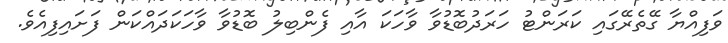
ވަފިއްޔާ ގޭތެރޭގައި ކަރަންޓު ހަރަދުބޮޑުވާ ވާހަކަ އާއި ފެންބިލު ބޮޑުވާ ވާހަކަދައްކަން ފަށައިފިއެވެ.